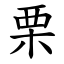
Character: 栗